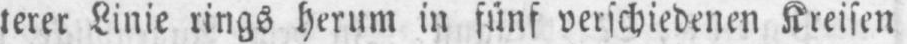
terer Linie rings herum in fünf verschiedenen Kreisen